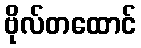
ဗိုလ်တထောင်